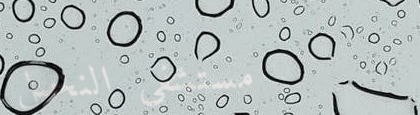
مستشفى النخيل